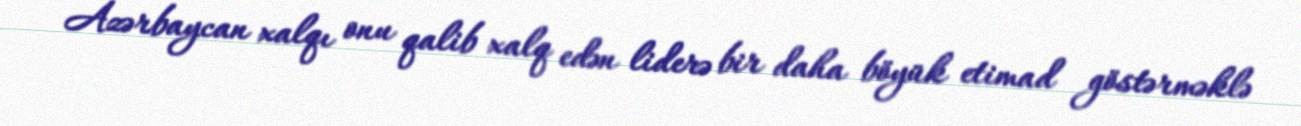
Azərbaycan xalqı onu qalib xalq edən liderə bir daha böyük etimad göstərməklə